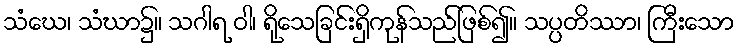
သံဃေ၊ သံဃာ၌။ သဂါရ ဝါ၊ ရိုသေခြင်းရှိကုန်သည်ဖြစ်၍။ သပ္ပတိဿာ၊ ကြီးသော